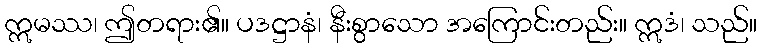
ဣမဿ၊ ဤတရား၏။ ပဒဋ္ဌာနံ၊ နီးစွာသော အကြောင်းတည်း။ ဣဒံ၊ သည်။